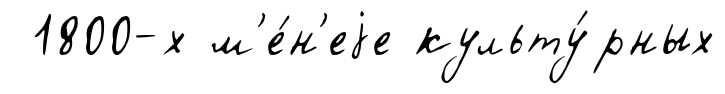
1800-х м'е́н'еjе культу́рных